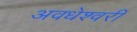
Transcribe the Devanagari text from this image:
अवधेश्वरी